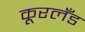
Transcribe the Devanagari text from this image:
कूरलँड